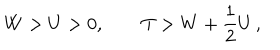
W > U > 0 , \qquad T > W + \frac { 1 } { 2 } U \, ,